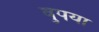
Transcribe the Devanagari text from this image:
वुपया